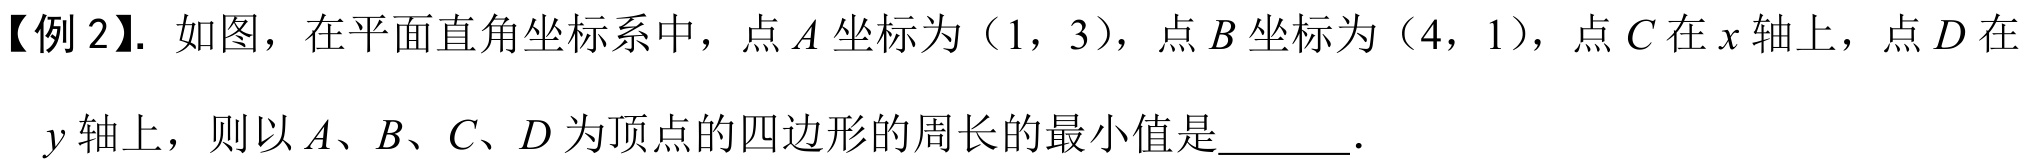
【例 2】. 如图，在平面直角坐标系中，点 \(A\) 坐标为 \((1,3)\)，点 \(B\) 坐标为 \((4,1)\)，点 \(C\) 在 \(x\) 轴上，点 \(D\) 在
\(y\) 轴上，则以 \(A\)、\(B\)、\(C\)、\(D\) 为顶点的四边形的周长的最小值是\(\underline{\quad\quad}\).